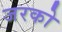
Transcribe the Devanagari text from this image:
जरको